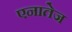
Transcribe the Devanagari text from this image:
एनातेज